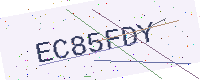
Text: EC85FDY